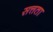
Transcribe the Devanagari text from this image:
सत्तता